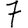
Digit: 7